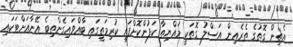
އެތިން ގޮތުގެ ތެރެއިން އަސްލު ގޮތަކީ މައްޔިތާ ކަފުންކޮށްފައި ކުރިމަތީގައި ބާއްވައިގެންތިބެ އޭނާއަށްޓަކައި